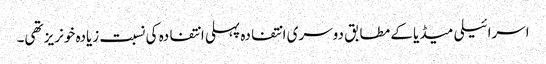
اسرائیلی میڈیا کے مطابق دوسری انتفادہ پہلی انتفادہ کی نسبت زیادہ خونریز تھی۔